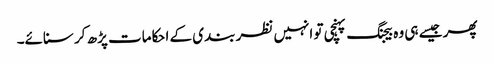
پھر جیسے ہی وہ بیجنگ پہنچی تو انہیں نظر بندی کے احکامات پڑھ کر سنائے۔